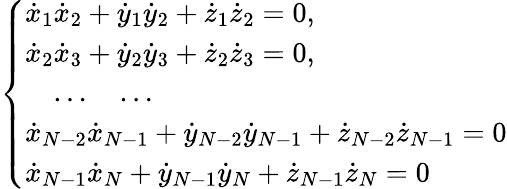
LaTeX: \left\{ \begin{array}{l}{{\dot{x}}_{1}{\dot{x}}_{2}+{\dot{y}}_{1}{\dot{y}}_{2}+{\dot{z}}_{1}{\dot{z}}_{2}=0,}\\ {{\dot{x}}_{2}{\dot{x}}_{3}+{\dot{y}}_{2}{\dot{y}}_{3}+{\dot{z}}_{2}{\dot{z}}_{3}=0,}\\ {\quad\dots\quad\dots}\\ {{\dot{x}}_{N-2}{\dot{x}}_{N-1}+{\dot{y}}_{N-2}{\dot{y}}_{N-1}+{\dot{z}}_{N-2}{\dot{z}}_{N-1}=0}\\ {{\dot{x}}_{N-1}{\dot{x}}_{N}+{\dot{y}}_{N-1}{\dot{y}}_{N}+{\dot{z}}_{N-1}{\dot{z}}_{N}=0}\end{array}\right.